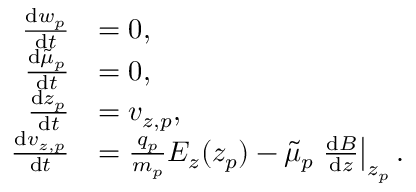
\begin{array} { r l } { \frac { \mathrm { d } w _ { p } } { \mathrm { d } t } } & { = 0 , } \\ { \frac { \mathrm { d } \tilde { \mu } _ { p } } { \mathrm { d } t } } & { = 0 , } \\ { \frac { \mathrm { d } z _ { p } } { \mathrm { d } t } } & { = v _ { z , p } , } \\ { \frac { \mathrm { d } v _ { z , p } } { \mathrm { d } t } } & { = \frac { q _ { p } } { m _ { p } } E _ { z } ( z _ { p } ) - \tilde { \mu } _ { p } \left. \frac { \mathrm { d } B } { \mathrm { d } z } \right| _ { z _ { p } } . } \end{array}